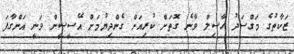
ޒަކާތުގެ މަގްސަދު ހާސިލް ވާނެ ގޮތަށް ކުރިއަށް ގެންދިޔުމަށް އޭސީސީން ވަނީ އަންގާފަ